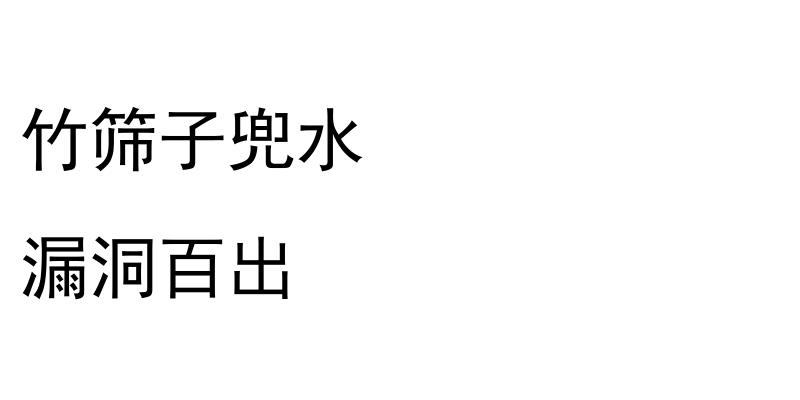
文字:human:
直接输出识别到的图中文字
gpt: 竹筛子兜水 漏洞百出